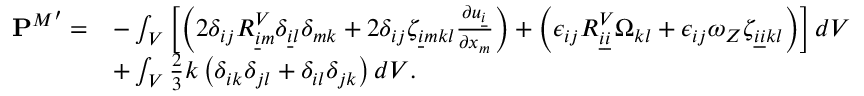
\begin{array} { r l } { { \mathbf { P } ^ { M } } ^ { \prime } = } & { - \int _ { V } \left[ \left( 2 \delta _ { i j } R _ { \underline { { i } } m } ^ { V } \delta _ { \underline { { i } } l } \delta _ { m k } + 2 \delta _ { i j } \zeta _ { \underline { { i } } m k l } \frac { \partial u _ { \underline { { i } } } } { \partial x _ { m } } \right) + \left( \epsilon _ { i j } R _ { \underline { { i } } \underline { { i } } } ^ { V } \Omega _ { k l } + \epsilon _ { i j } \omega _ { Z } \zeta _ { \underline { { i } } \underline { { i } } k l } \right) \right] d V } \\ & { + \int _ { V } \frac { 2 } { 3 } k \left( \delta _ { i k } \delta _ { j l } + \delta _ { i l } \delta _ { j k } \right) d V . } \end{array}